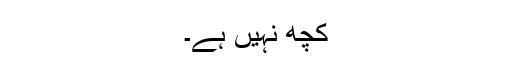
کچھ نہیں ہے۔